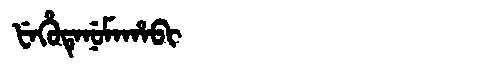
Manchu: ᡶᡝᡥᡠᡨᡝᠨᡠᠮᠠᡥᠠᠪᡳ
Romanization: FEHUTENUMAHABI